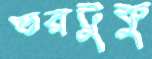
ভরটুকু